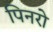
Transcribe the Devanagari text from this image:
पिनरो